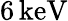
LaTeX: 6\, \mathrm{keV}